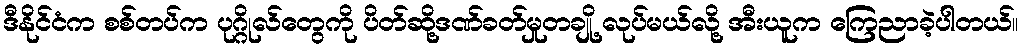
ဒီနိုင်ငံက စစ်တပ်က ပုဂ္ဂိုလ်တွေကို ပိတ်ဆို့ဒဏ်ခတ်မှုတချို့ လုပ်မယ်လို့ အီးယူက ကြေညာခဲ့ပါတယ်။